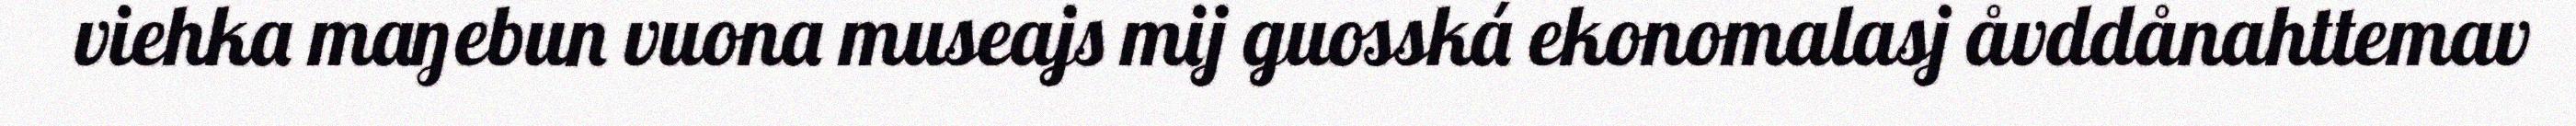
viehka maŋebun vuona museajs mij guosská ekonomalasj åvddånahttemav